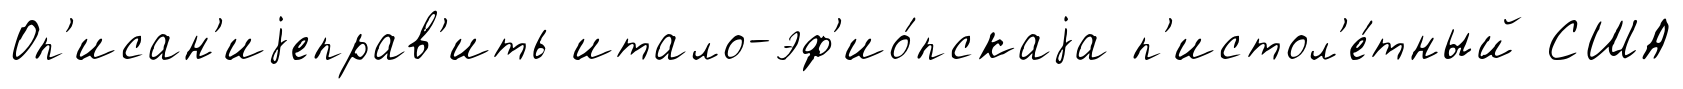
Оп'исан'иjеправ'ить итало-эф'ио́пскаjа п'истол'е́тный США